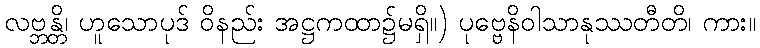
လဗ္ဘန္တိ၊ ဟူသောပုဒ် ဝိနည်း အဋ္ဌကထာ၌မရှိ။) ပုဗ္ဗေနိဝါသာနုဿတီတိ၊ ကား။